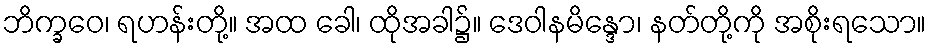
ဘိက္ခဝေ၊ ရဟန်းတို့။ အထ ခေါ၊ ထိုအခါ၌။ ဒေဝါနမိန္ဒော၊ နတ်တို့ကို အစိုးရသော။